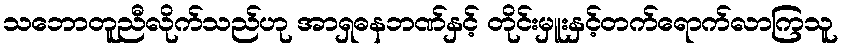
သဘောတူညီလိုက်သည်ဟု အာရှဓနဘဏ်နှင့် တိုင်းမှူးနှင့်တက်ရောက်လာကြသူ